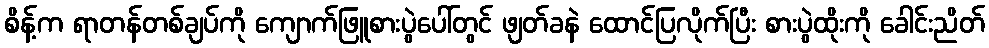
စိန့်က ရာတန်တစ်ချပ်ကို ကျောက်ဖြူစားပွဲပေါ်တွင် ဖျတ်ခနဲ ထောင်ပြလိုက်ပြီး စားပွဲထိုးကို ခေါင်းညိတ်